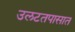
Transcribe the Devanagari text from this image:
उलटतपासात